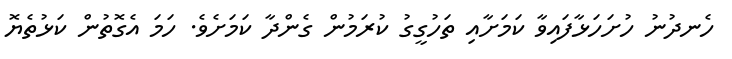
ހެނދުނު ހުށަހަޅާފައިވާ ކަމަށާއި ތަހުގީގު ކުރަމުން ގެންދާ ކަމަށެވެ. ހަމަ އެގޮތުން ކަޅުތެޔޮ